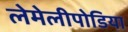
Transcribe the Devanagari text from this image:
लेमेलीपोडिया